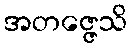
အတဇ္ဇေသိ